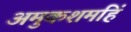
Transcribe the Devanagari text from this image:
अमुकशमहिं